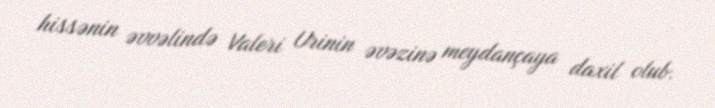
hissənin əvvəlində Valeri Urinin əvəzinə meydançaya daxil olub.